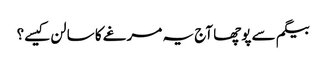
بیگم سے پوچھا آج یہ مرغے کا سالن کیسے؟